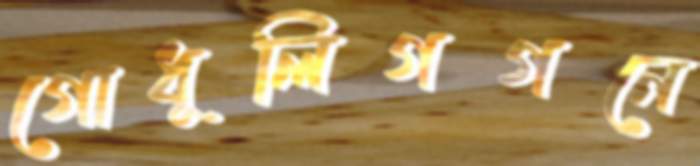
গোধূলিগগনে